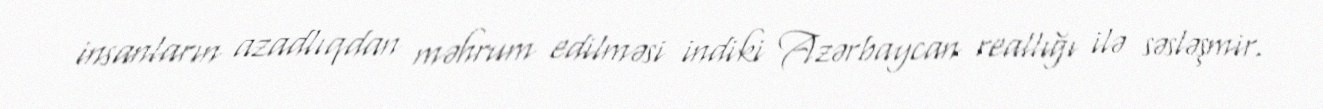
insanların azadlıqdan məhrum edilməsi indiki Azərbaycan reallığı ilə səsləşmir.